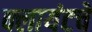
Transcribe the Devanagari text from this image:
क्लायंटचे